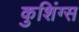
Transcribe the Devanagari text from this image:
कुशिंग्स